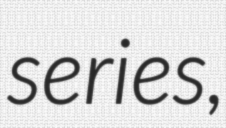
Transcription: series,